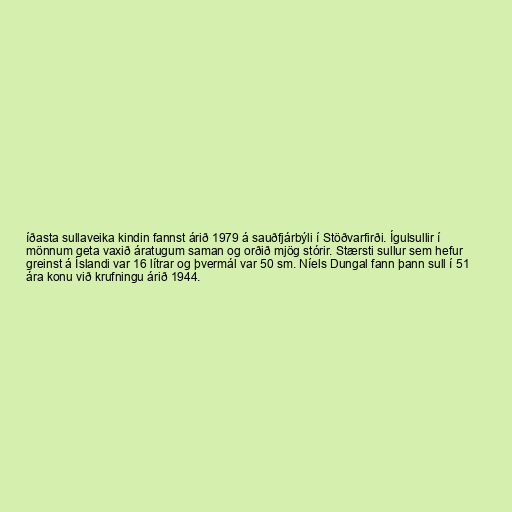
íðasta sullaveika kindin fannst árið 1979 á sauðfjárbýli í Stöðvarfirði. Ígulsullir í
mönnum geta vaxið áratugum saman og orðið mjög stórir. Stærsti sullur sem hefur
greinst á Íslandi var 16 lítrar og þvermál var 50 sm. Níels Dungal fann þann sull í 51
ára konu við krufningu árið 1944.